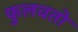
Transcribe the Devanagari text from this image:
फुलवतो